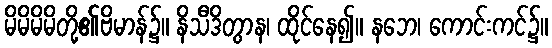
မိမိမိမိတို့၏ဗိမာန်၌။ နိသီဒိတွာန၊ ထိုင်နေ၍။ နဘေ၊ ကောင်းကင်၌။